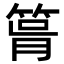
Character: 𥮪